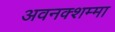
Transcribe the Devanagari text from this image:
अवनक्शम्मा